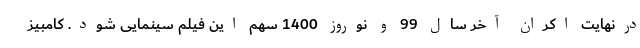
درنهایت اکران آخر سال 99 و نوروز 1400 سهم این فیلم سینمایی شود. کامبیز